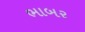
ભાબર